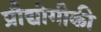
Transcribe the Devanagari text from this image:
प्रौद्योगीकी